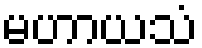
မဟာယသံ